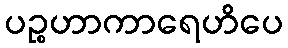
ပဉ္စဟာကာရေဟိပေ